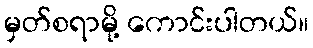
မှတ်စရာမို့ ကောင်းပါတယ်။